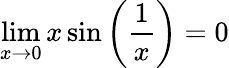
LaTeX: \operatorname*{lim}_{x\to 0}x\sin{\left({\frac{1}{x}}\right)}=0